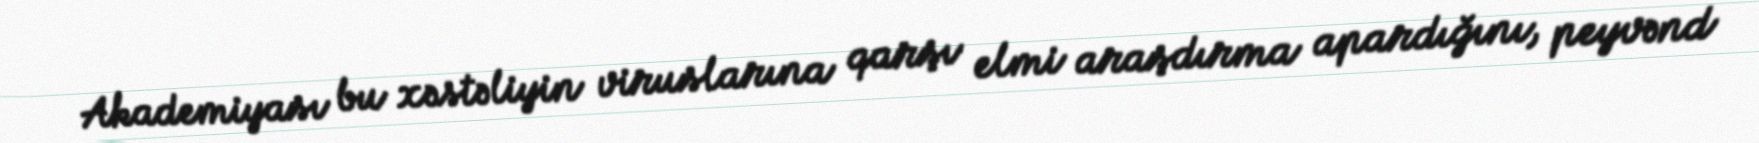
Akademiyası bu xəstəliyin viruslarına qarşı elmi araşdırma apardığını, peyvənd